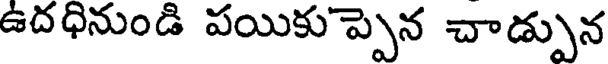
ఉదధినుండి పయికు ప్పెన చాడ్పున